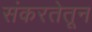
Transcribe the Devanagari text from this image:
संकरतेतून